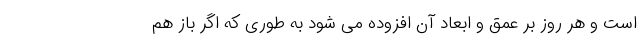
است و هر روز بر عمق و ابعاد آن افزوده می شود به طوری که اگر باز هم